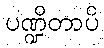
ပဏ္ဍိတာပိ